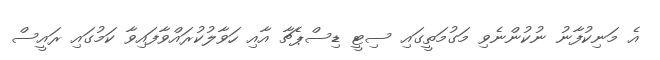
އެ މަނިކުފާނު ނުކުންނެވި މަގުމަތީގައި ސިޓީ ޑިސްޕެޗާ އާއި ހަވާލުކުރައްވާފައިވާ ކަމުގައި ރައީސް